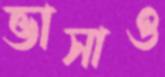
ভাসাও